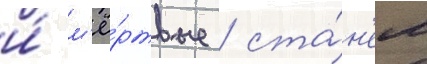
и́ м'ё́ртвые / ста́н'ем